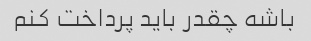
باشه چقدر باید پرداخت کنم